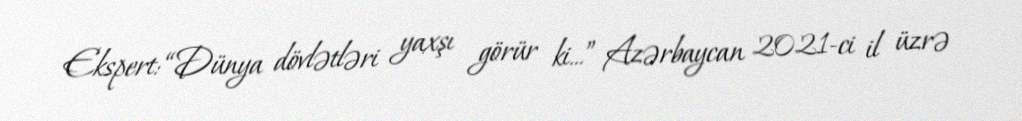
Ekspert: “Dünya dövlətləri yaxşı görür ki...” Azərbaycan 2021-ci il üzrə